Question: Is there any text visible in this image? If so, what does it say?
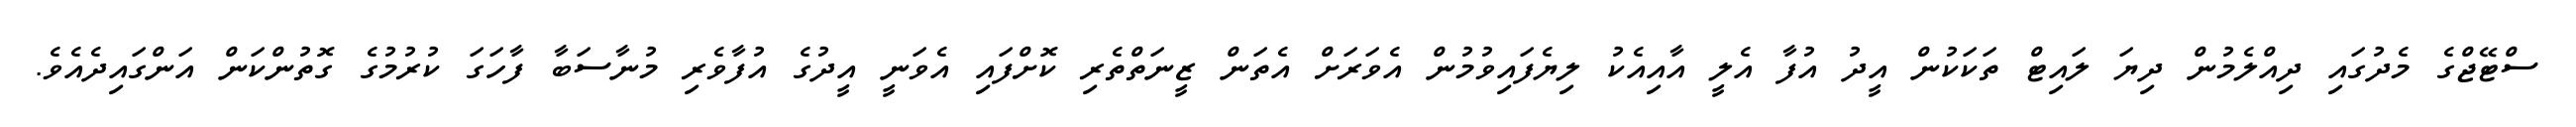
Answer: ސްޓޭޖްގެ މެދުގައި ދިއްލެމުން ދިޔަ ލައިޓް ތަކަކުން އީދު އުފާ އެލީ އާއިއެކު ލިޔެފައިވުމުން އެވަރަށް އެތަން ޒީނަތްތެރި ކޮށްފައި އެވަނީ އީދުގެ އުފާވެރި މުނާސަބާ ފާހަގަ ކުރުމުގެ ގޮތުންކަން އަންގައިދެއެވެ.